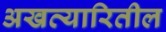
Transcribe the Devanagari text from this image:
अखत्यारितील